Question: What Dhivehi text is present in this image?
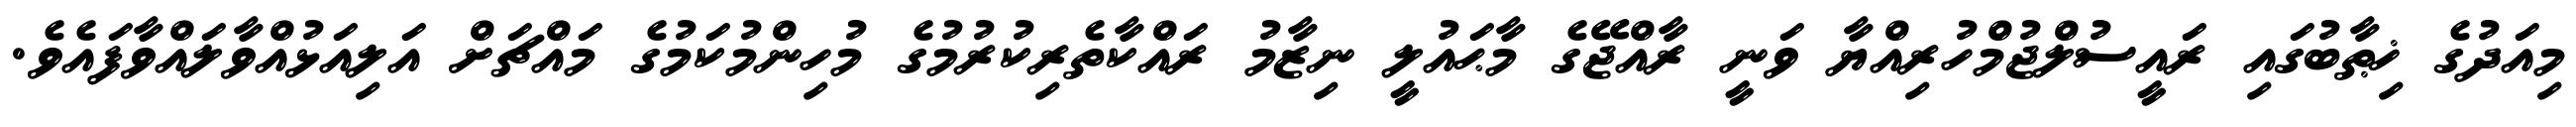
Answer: މިއަދުގެ ޚިޠާބުގައި ރައީސުލްޖުމްހުރިއްޔާ ވަނީ ރާއްޖޭގެ މާޙައުލީ ނިޒާމު ރައްކާތެރިކުރުމުގެ މުހިންމުކަމުގެ މައްޗަށް އަލިއަޅުއްވާލައްވާފައެވެ.